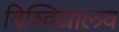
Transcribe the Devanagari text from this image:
विश्‍विद्यालय